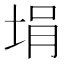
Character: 埍